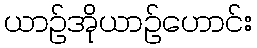
ယာဉ်အိုယာဉ်ဟောင်း